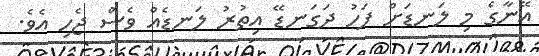
އޭނާގެ މި ލަނޑަށް ފަހު ދަގަނޑޭ އިތުރު ލަނޑެއް ވެސް ޖެހި އެވެ.